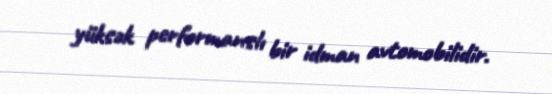
yüksək performanslı bir idman avtomobilidir.